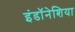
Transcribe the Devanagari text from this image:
इंडॉनेशिया